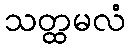
သတ္ထမလံ